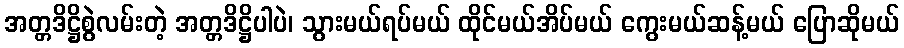
အတ္တဒိဋ္ဌိစွဲလမ်းတဲ့ အတ္တဒိဋ္ဌိပါပဲ၊ သွားမယ်ရပ်မယ် ထိုင်မယ်အိပ်မယ် ကွေးမယ်ဆန့်မယ် ပြောဆိုမယ်